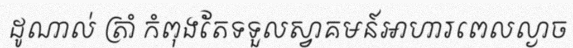
ដូណាល់ ត្រាំ កំពុងតែទទួលស្វាគមន៍អាហារពេលល្ងាច